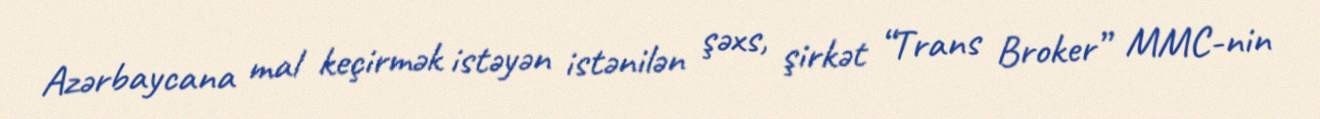
Azərbaycana mal keçirmək istəyən istənilən şəxs, şirkət “Trans Broker” MMC-nin